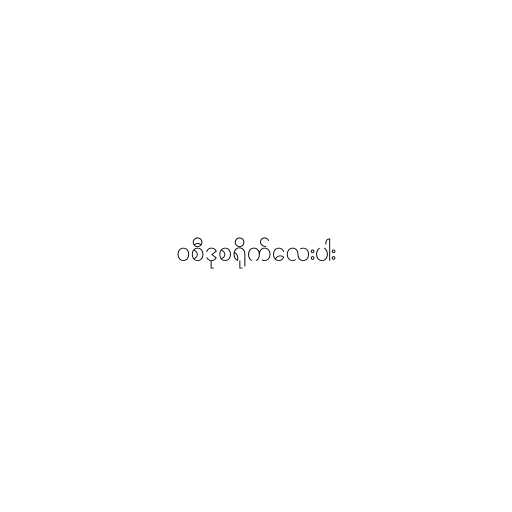
၀စီဒုစရိုက်လေးပါး